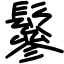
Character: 鬖